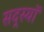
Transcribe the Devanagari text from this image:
सद्स्यॉ